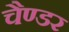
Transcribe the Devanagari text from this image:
चैण्डर